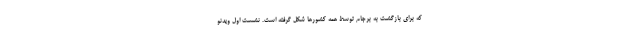
که برای بازگشت به برجام توسط همه کشورها شکل گرفته است. نشست اول ویدئو